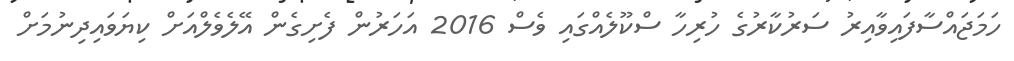
ހަމަޖައްސާފައިވާއިރު ސަރުކާރުގެ ހުރިހާ ސްކޫލެއްގައި ވެސް 2016 އަހަރުން ފެށިގެން އޭލެވެލްއަށް ކިޔަވައިދިނުމަށް